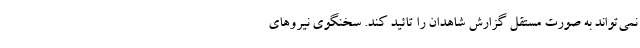
نمی‌تواند به صورت مستقل گزارش شاهدان را تائید کند. سخنگوی نیروهای